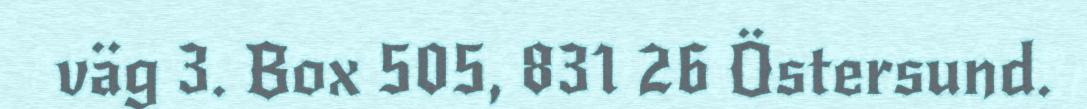
väg 3. Box 505, 831 26 Östersund.